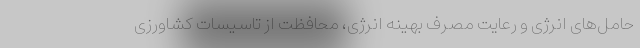
حامل‌های انرژی و رعایت مصرف بهینه انرژی، محافظت از تاسیسات کشاورزی